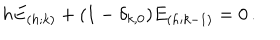
h E _ { ( h ; k ) } + ( 1 - \delta _ { k , 0 } ) E _ { ( h ; k - 1 ) } = 0 \, .